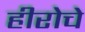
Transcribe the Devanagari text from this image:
हीरोचे